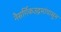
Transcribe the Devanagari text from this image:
नैसर्गिकउद्गमांपासून